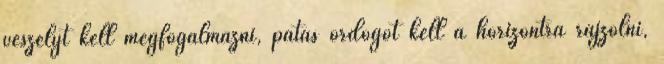
veszélyt kell megfogalmazni, patás ördögöt kell a horizontra rajzolni,